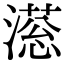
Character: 𣽫